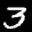
Label: 3